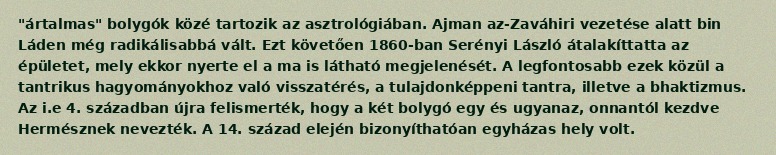
"ártalmas" bolygók közé tartozik az asztrológiában. Ajman az-Zaváhiri vezetése alatt bin Láden még radikálisabbá vált. Ezt követően 1860-ban Serényi László átalakíttatta az épületet, mely ekkor nyerte el a ma is látható megjelenését. A legfontosabb ezek közül a tantrikus hagyományokhoz való visszatérés, a tulajdonképpeni tantra, illetve a bhaktizmus. Az i.e 4. században újra felismerték, hogy a két bolygó egy és ugyanaz, onnantól kezdve Hermésznek nevezték. A 14. század elején bizonyíthatóan egyházas hely volt.